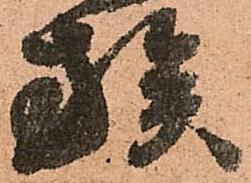
族